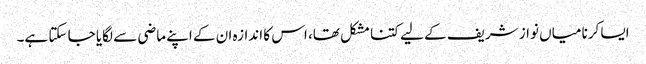
ایسا کرنا میاں نواز شریف کے لیے کتنا مشکل تھا، اس کا اندازہ ان کے اپنے ماضی سے لگایا جا سکتا ہے۔